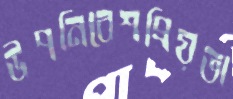
উপনিবেশপ্রিয়তা